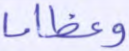
وعظاما